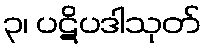
၃၊ ပဋိပဒါသုတ်